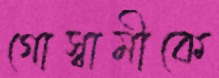
গোস্বামীকে